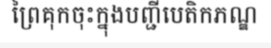
ព្រៃគុកចុះក្នុងបញ្ជីបេតិកភណ្ឌ